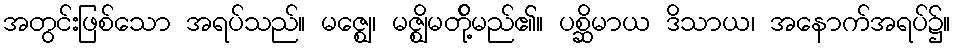
အတွင်းဖြစ်သော အရပ်သည်။ မဇ္ဈေ၊ မဇ္ဈိမတို့်မည်၏။ ပစ္ဆိမာယ ဒိသာယ၊ အနောက်အရပ်၌။